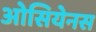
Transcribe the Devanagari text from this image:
ओसियेनस